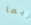
ربما